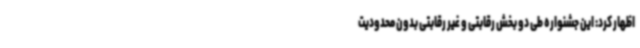
اظهار کرد: این جشنواره طی دو بخش رقابتی و غیر رقابتی بدون محدودیت